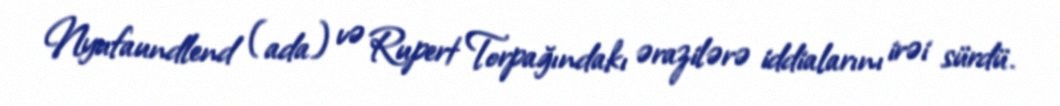
Nyufaundlend (ada) və Rupert Torpağındakı ərazilərə iddialarını irəi sürdü.